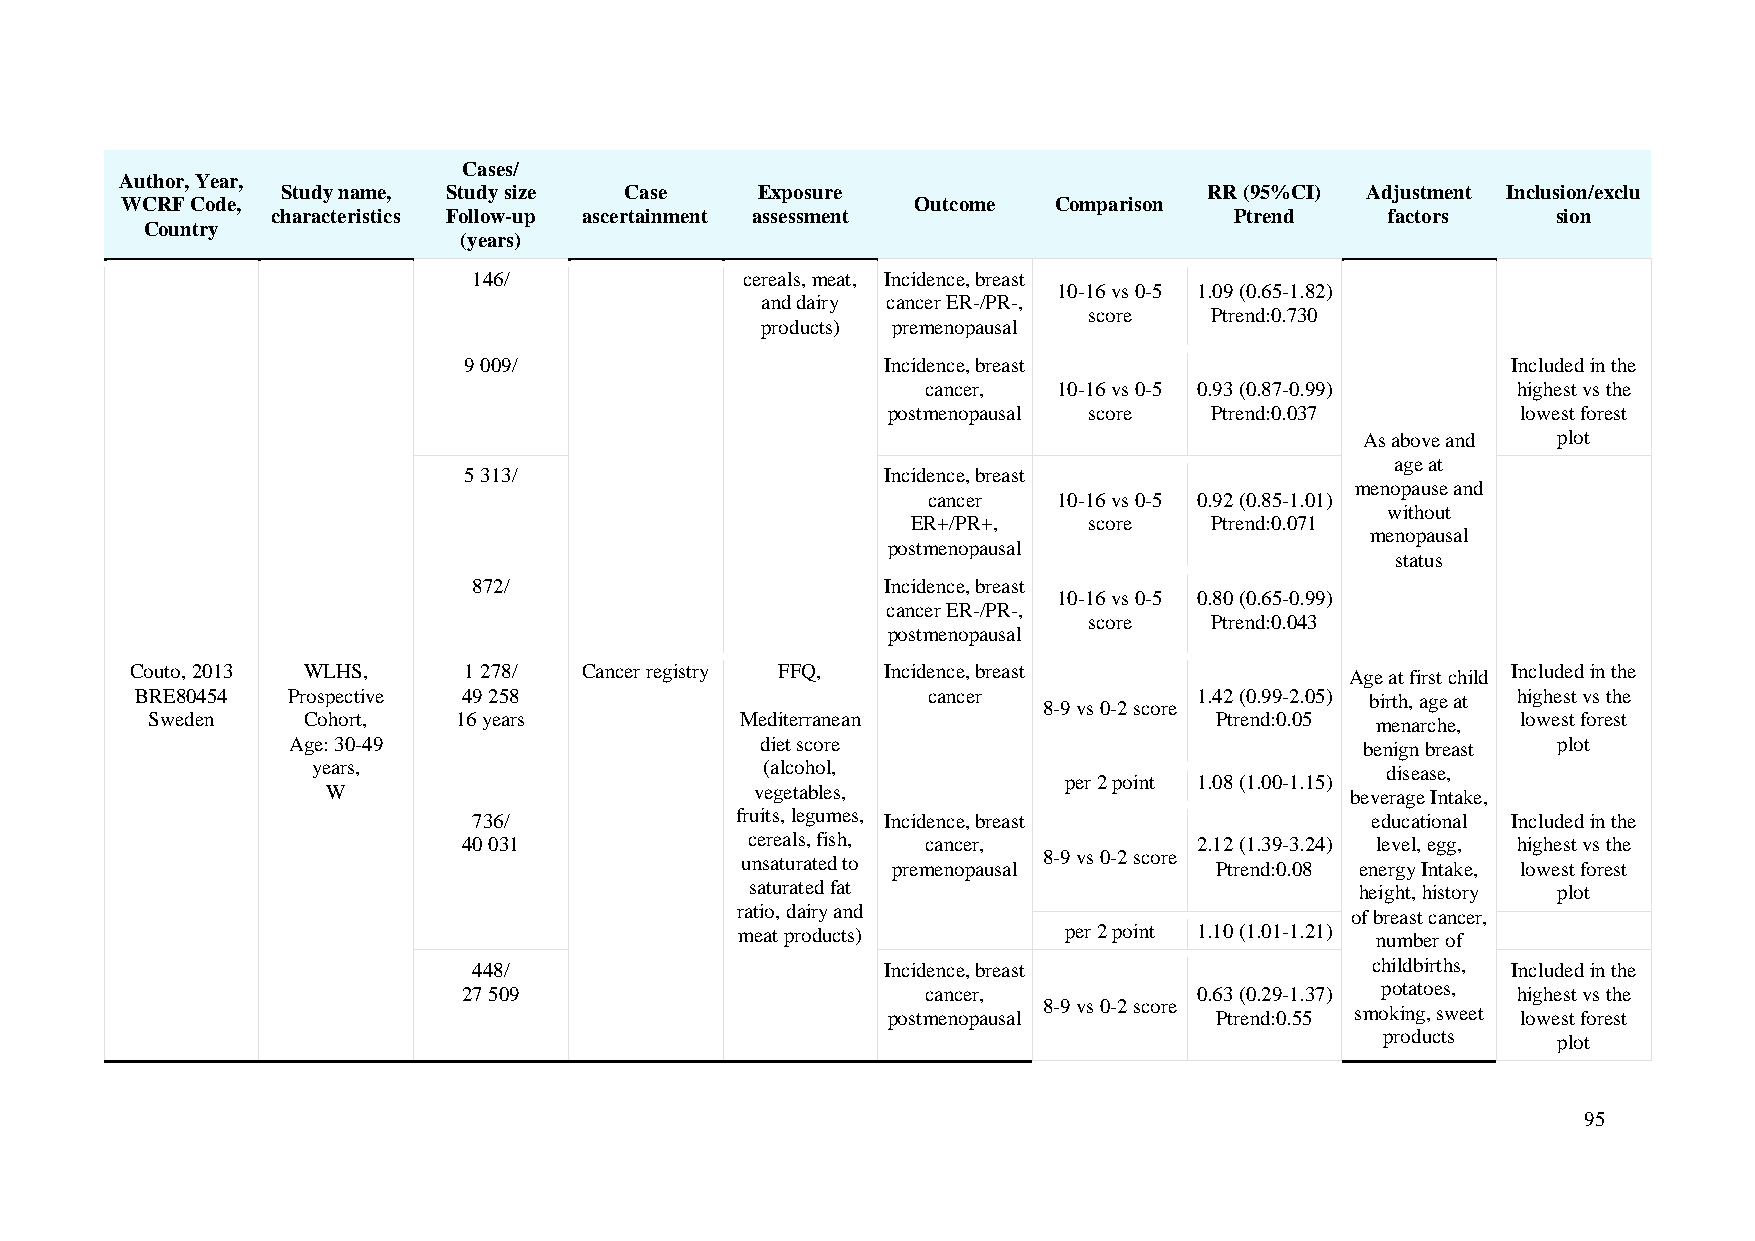
Cases/
 Author, Year,
 Study name, Study size Case    Exposure                      RR (95%CI) Adjustment Inclusion/exclu
 WCRF Code,                                           Outcome  Comparison
 characteristics Follow-up ascertainment assessment              Ptrend    factors    sion
 Country
 (years)
 146/              cereals, meat, Incidence, breast
 10-16 vs 0-5 1.09 (0.65-1.82)
 and dairy cancer ER-/PR-,
 score   Ptrend:0.730
 products) premenopausal
 9 009/                      Incidence, breast                        Included in the
 cancer,  10-16 vs 0-5 0.93 (0.87-0.99) highest vs the
 postmenopausal score Ptrend:0.037         lowest forest
 As above and plot
 age at
 5 313/                      Incidence, breast
 menopause and
 cancer   10-16 vs 0-5 0.92 (0.85-1.01)
 without
 ER+/PR+,    score   Ptrend:0.071
 menopausal
 postmenopausal
 status
 872/                        Incidence, breast
 10-16 vs 0-5 0.80 (0.65-0.99)
 cancer ER-/PR-,
 score   Ptrend:0.043
 postmenopausal
 Couto, 2013 WLHS,     1 278/ Cancer registry FFQ, Incidence, breast             Age at first child Included in the
 BRE80454  Prospective 49 258                        cancer            1.42 (0.99-2.05) birth, age at highest vs the
 8-9 vs 0-2 score
 Sweden    Cohort,   16 years           Mediterranean                  Ptrend:0.05 menarche, lowest forest
 Age: 30-49                     diet score                              benign breast plot
 years,                        (alcohol,                                disease,
 per 2 point 1.08 (1.00-1.15)
 W                           vegetables,                            beverage Intake,
 736/              fruits, legumes, Incidence, breast        educational Included in the
 40 031             cereals, fish, cancer,       2.12 (1.39-3.24) level, egg, highest vs the
 8-9 vs 0-2 score
 unsaturated to premenopausal   Ptrend:0.08 energy Intake, lowest forest
 saturated fat                           height, history plot
 ratio, dairy and                        of breast cancer,
 meat products)       per 2 point 1.10 (1.01-1.21) number of
 448/                        Incidence, breast               childbirths, Included in the
 27 509                        cancer,           0.63 (0.29-1.37) potatoes, highest vs the
 8-9 vs 0-2 score
 postmenopausal       Ptrend:0.55 smoking, sweet lowest forest
 products   plot
 95